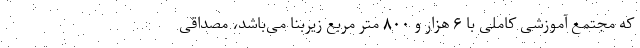
که مجتمع آموزشی کاملی با ۶ هزار و ۸۰۰ متر مربع زیربنا می‌باشد، مصداقی